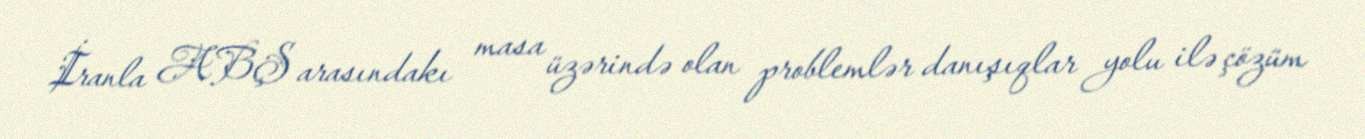
İranla ABŞ arasındakı masa üzərində olan problemlər danışıqlar yolu ilə çözüm